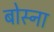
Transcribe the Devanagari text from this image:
बोस्ना